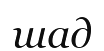
шад